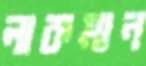
লাকমান